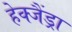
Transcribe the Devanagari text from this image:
हेक्जैंड्रा